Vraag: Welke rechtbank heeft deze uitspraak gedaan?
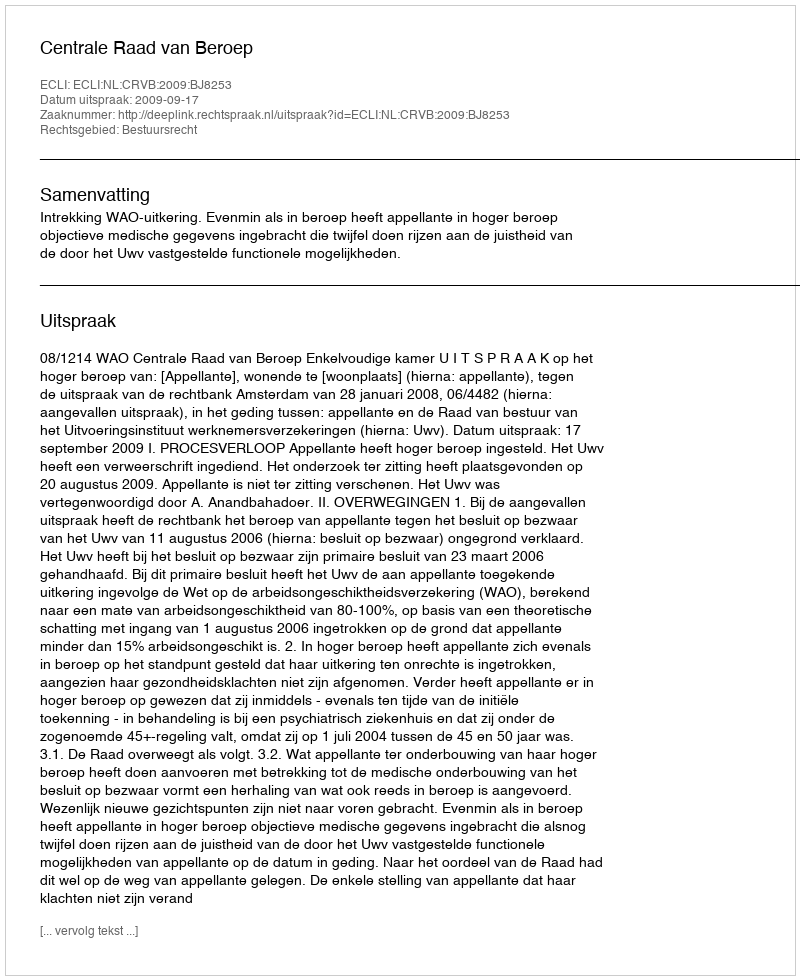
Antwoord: Centrale Raad van Beroep